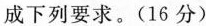
成下列要求。(16分)